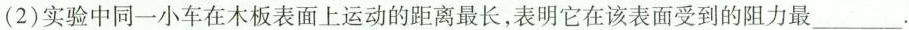
(2)实验中同一小车在木板表面上运动的距离最长，表明它在该表面受到的阻力最___.